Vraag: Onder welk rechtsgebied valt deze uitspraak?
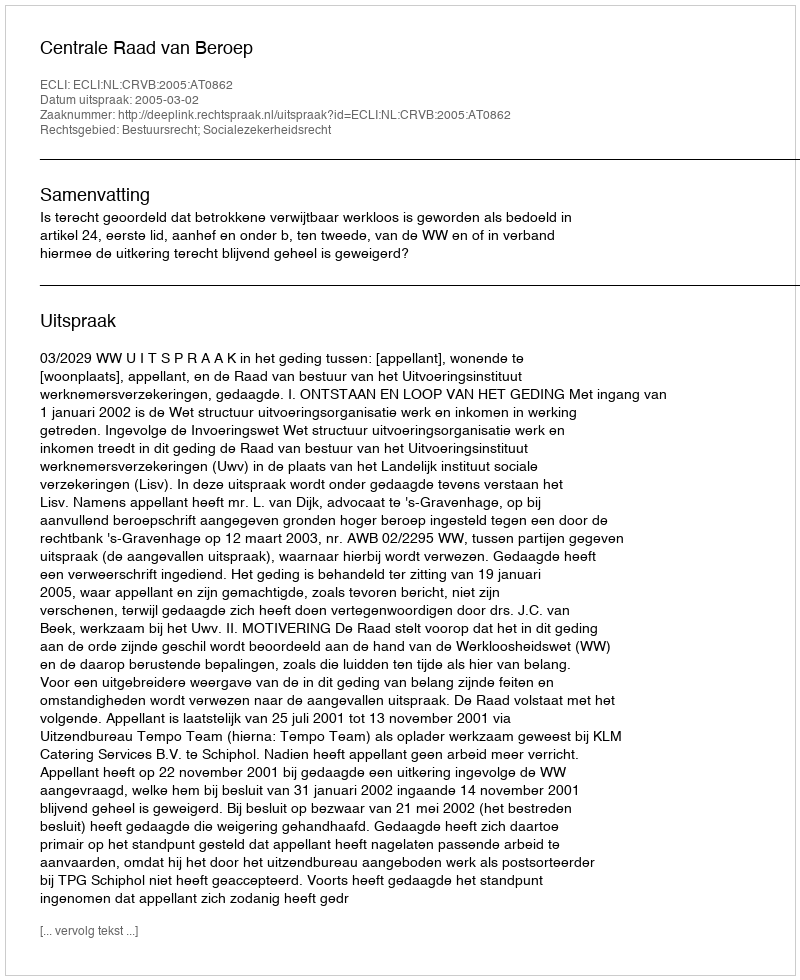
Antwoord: Bestuursrecht; Socialezekerheidsrecht